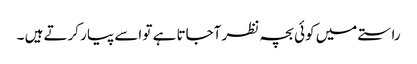
راستے میں کوئی بچہ نظر آجاتا ہے تو اسے پیار کرتے ہیں ۔